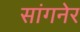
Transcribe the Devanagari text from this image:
सांगनेर